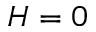
H = 0